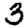
Digit: 3